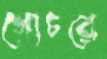
গোচরে